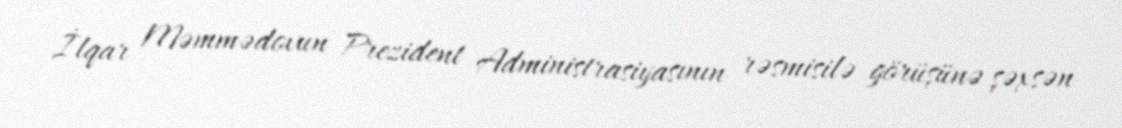
İlqar Məmmədovun Prezident Administrasiyasının rəsmisilə görüşünə şəxsən